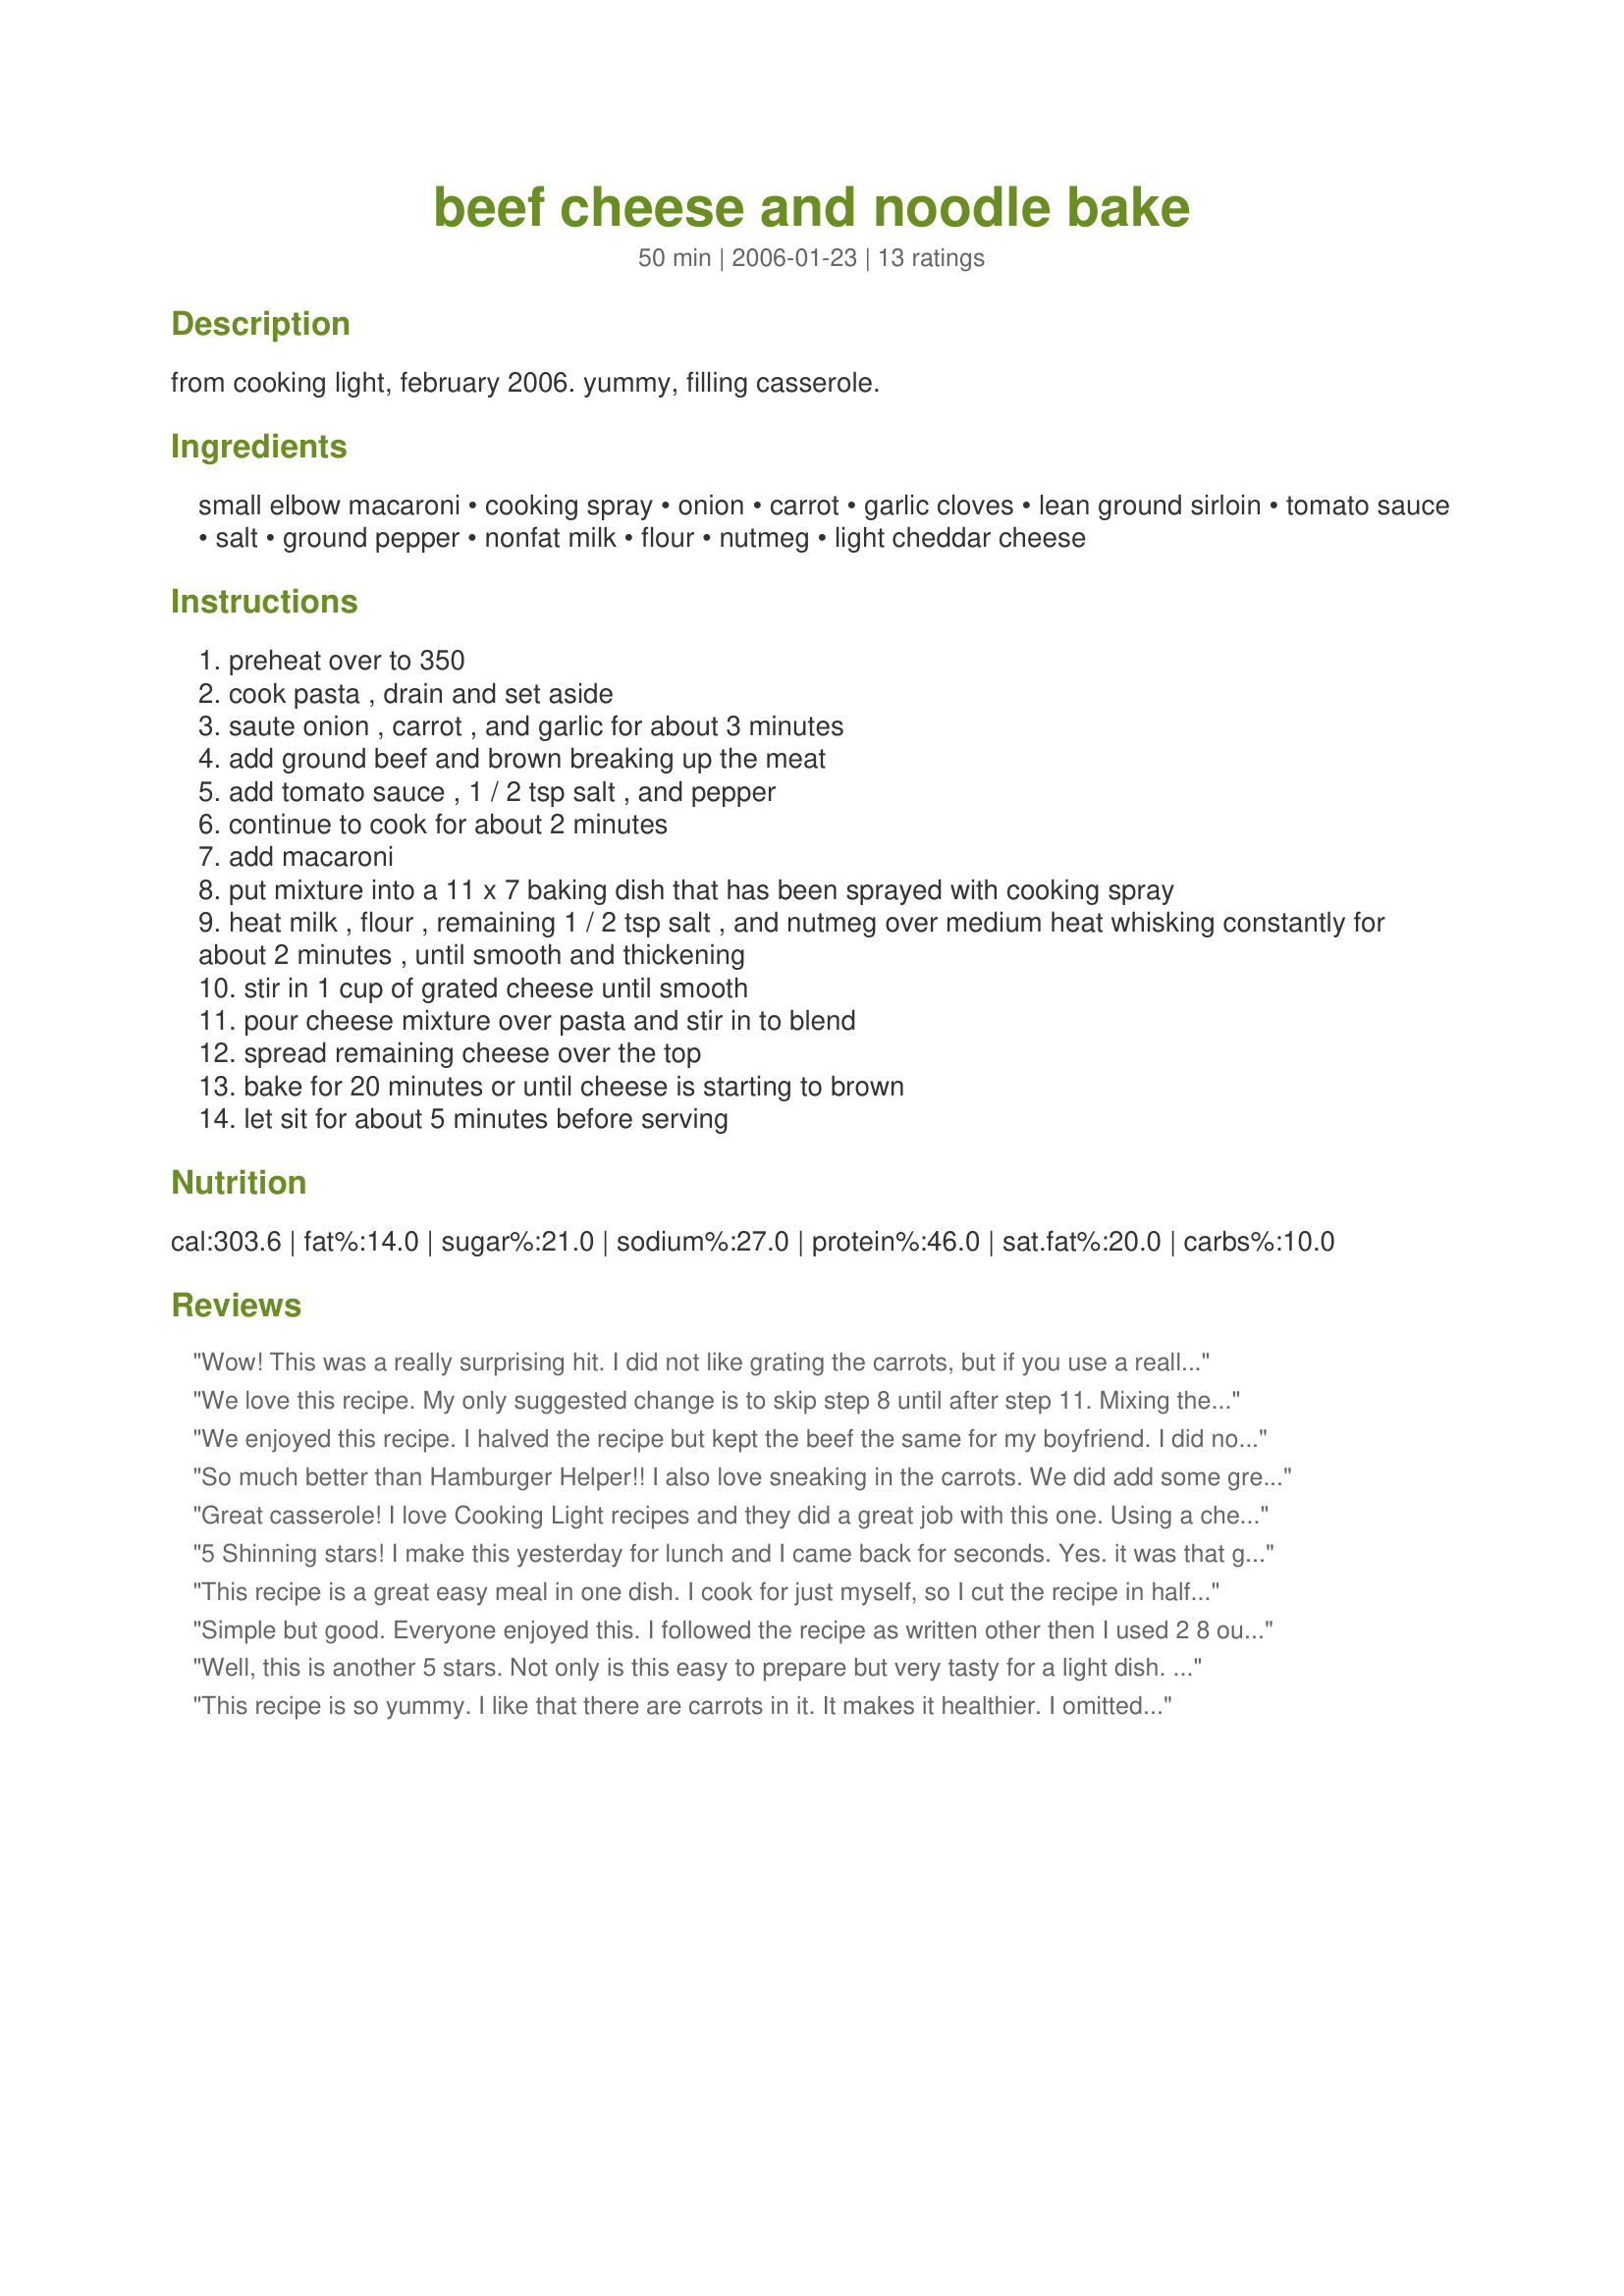
beef cheese and noodle bake
Preparation time: 50 minutes

from cooking light, february 2006. yummy, filling casserole.

Ingredients:
small elbow macaroni, cooking spray, onion, carrot, garlic cloves, lean ground sirloin, tomato sauce, salt, ground pepper, nonfat milk, flour, nutmeg, light cheddar cheese

Steps:
preheat over to 350
cook pasta , drain and set aside
saute onion , carrot , and garlic for about 3 minutes
add ground beef and brown breaking up the meat
add tomato sauce , 1 / 2 tsp salt , and pepper
continue to cook for about 2 minutes
add macaroni
put mixture into a 11 x 7 baking dish that has been sprayed with cooking spray
heat milk , flour , remaining 1 / 2 tsp salt , and nutmeg over medium heat whisking constantly for about 2 minutes , until smooth and thickening
stir in 1 cup of grated cheese until smooth
pour cheese mixture over pasta and stir in to blend
spread remaining cheese over the top
bake for 20 minutes or until cheese is starting to brown
let sit for about 5 minutes before serving

Reviews:
Wow! This was a really surprising hit. I did not like grating the carrots, but if you use a really fine grater, you neither taste nor see the carrots when it's done. So, if your kids have hawk eyes about veggies, use a superfine grater. It takes forever to do this by hand, but it's worth it. The roux mixed with the cheese was a genius maneuver. It made it taste much more cheesy than it actually was. I also grated the garlic just to save myself the sticky fingers. I added in a bit of basil, oregano and parsley, and the spice level was perfect for us. With my gestational diabetes, I was able to have 1 1/2 cups of this with a side salad, and it filled me up without blowing my carb limit. Thank you!
We love this recipe. My only suggested change is to skip step 8 until after step 11. Mixing the cheese sauce into the beef mixture in the baking dish it fills to the rim is a recipe for a mess.

Next time I may try the Worcestershire sauce as another reviewer suggested, just out of curiosity to see if it could make it even better.
We enjoyed this recipe. I halved the recipe but kept the beef the same for my boyfriend. I did not have carrots so I mixed in some corn for the crunch. I also used whole grain shell pasta and pasta sauce instead of tomato sauce just because of what I had in the cupboard. So much better than hamburger helper and I actually know what I'm putting in the pan, thanks!!
So much better than Hamburger Helper!! I also love sneaking in the carrots. We did add some green pepper. My only comment is that I would not add as much black pepper next time. It just seemed too much. Thanks so much! Definitely a keeper!
Great casserole! I love Cooking Light recipes and they did a great job with this one. Using a cheese sauce makes this rich without being fatty. Prepared the night before and baked at dinner time which worked well. Leftovers were good, too. All I had was 85/15 ground beef, so I cooked it, drained thoroughly on paper towels, then added in the onions, garlic, and finely shredded carrots to cook for a few minutes. Definitely a repeat at my house, the whole family enjoyed it. Thanks for sharing the recipe!
5 Shinning stars! I make this yesterday for lunch and I came back for seconds. Yes. it was that good. I use celery and green peppers and it was delicous. A must try recipe. Thank you Vicki.
This recipe is a great easy meal in one dish. I cook for just myself, so I cut the recipe in half and used a 8x8 square baking dish. I also added 4 oz of sliced fresh mushrooms since I love mushrooms and used regular cheddar cheese instead of low-fat. I think you could easily add peppers if you like them too.
Simple but good. Everyone enjoyed this. I followed the recipe as written other then I used 2 8 ounce cans of tomato sauce. I also just used sharp cheddar cheese and I didn't add the nutmeg as I didn't have any. This made for a greak weeknight meal. I also liked that it is made with ingredients I normally have on hand.
Well, this is another 5 stars. Not only is this easy to prepare but very tasty for a light dish. I cut the recipe in half and it made enough for DH and I for dinner and some leftover for his lunch at work. I made notes to add Worcestershire sauce and some mushrooms, :( but forgot. Not sure if it would improve the flavor. Overall a wonderful light recipe that I plan to make often. Thanks for posting. :) Made for Spring PAC 2010
This recipe is so yummy. I like that there are carrots in it. It makes it healthier. I omitted the nutmeg. Thanks Vicki :) Made for Cookbook tag game
Great recipe,thanks for posting it!<br/><br/>I was trying to come up with something different to do with ground sirloin.We were all getting tired of the usual things to use it for chili,tacos,spaghetti sauce,burgers etc.It was very cold here today and this was warm, filling comfort food.I really loved the fact that it was low in calories per serving.(I didn't tell my husband or little one that though;)I left out the carrots because as one other reviewer said,I have a couple of hawk eyes here.LOL! I only used 1/4 tsp of pepper(I figured we could add more when serving)and it was perfect.My daughter gobbled hers up without a complaint and believe me thats 5 stars right there because she's VERY fussy!Thanks again for this recipe I will definitely make it again and again.
This was tasty and light. We used dreamfields low carb pasta and one serving (about 2/3 cup) was good with veggies for my husband, who is diabetic. It's very filling. I agree it might be aided with a little bit of extra spice/worcestershire sauce since light cheddar is mild.
For being low-fat, this is darn good! I honestly thought that I'd have to add extra seasonings/spices, but all I did was add a bit of Worcestershire sauce and that's the only change I made. We loved it. Nobody would ever guess the fat content was so low. Thanx for posting this; it's a definite keeper!
